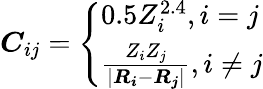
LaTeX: \boldsymbol{C}_{ij}=\left\{ \begin{array}{ll}{0.5Z_{i}^{2.4},i=j}\\ {\frac{Z_{i}Z_{j}}{\lvert\boldsymbol{R_{i}}-\boldsymbol{R_{j}}\rvert},i\neq j}\end{array}\right.